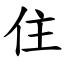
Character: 住